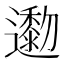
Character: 𨘯